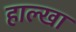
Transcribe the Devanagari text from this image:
हाल्खा